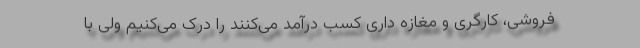
فروشی، کارگری و مغازه داری کسب درآمد می‌کنند را درک می‌کنیم ولی با